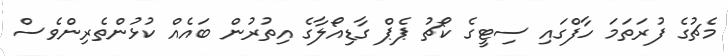
މެޗުގެ ފުރަތަމަ ހާފްގައި ސިޓީގެ ކޯޗު ޕެޕް ގާޑިއޯލާގެ އިތުރުން ބައެއް ކުޅުންތެރިންވެސް